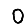
Digit: 0